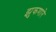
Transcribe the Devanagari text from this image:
झुकणारे